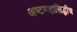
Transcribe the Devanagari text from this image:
अष्टमहासिद्धीच